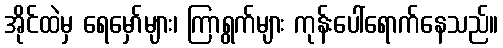
အိုင်ထဲမှ ရေမှော်များ၊ ကြာရွက်များ ကုန်းပေါ်ရောက်နေသည်။